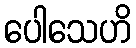
ပေါသေဟိ